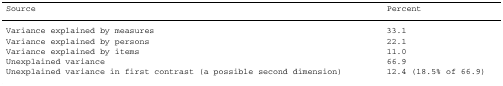
| Source | Percent |
 | --- | --- |
 | Variance explained by measures | 33.1 |
 | Variance explained by persons | 22.1 |
 | Variance explained by items | 11.0 |
 | Unexplained variance | 66.9 |
 | Unexplained variance in first contrast (a possible second dimension) | 12.4 (18.5% of 66.9) |